Indian journal of veterinary science and animal husbandry - Volumes 28-29, 1958-1959
Year: 1958
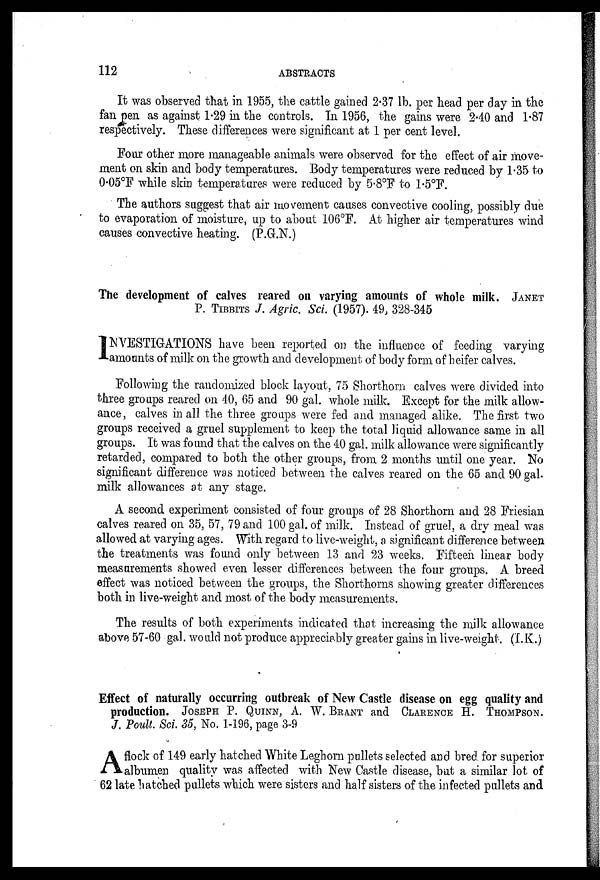
112
ABSTRACTS
It was observed that in 1955, the cattle gained 2.37 lb. per head per day in the
fan pen as against 1.29 in the controls. In 1956, the gains were 2.40 and 1.87
respectively. These differences were significant at 1 per cent level.
Four other more manageable animals were observed for the effect of air move-
ment on skin and body temperatures. Body temperatures were reduced by 1.35 to
0.05°F while skin temperatures were reduced by 5.8°F to 1.5°F.
The authors suggest that air movement causes convective cooling, possibly due
to evaporation of moisture, up to about 106°F. At higher air temperatures wind
causes convective heating. (P.G.N.)
The development of calves reared on varying amounts of whole milk. JANET
P. TIBBITS J. Agric. Sci. (1957). 49, 328-345
I NVESTIGATIONS have been reported on the influence of feeding varying
amounts of milk on the growth and development of body form of heifer calves.
Following the randomized block layout, 75 Shorthorn calves were divided into
three groups reared on 40, 65 and 90 gal. whole milk. Except for the milk allow-
ance, calves in all the three groups were fed and managed alike. The first two
groups received a gruel supplement to keep the total liquid allowance same in all
groups. It was found that the calves on the 40 gal. milk allowance were significantly
retarded, compared to both the other groups, from 2 months until one year. No
significant difference was noticed between the calves reared on the 65 and 90 gal.
milk allowances at any stage.
A second experiment consisted of four groups of 28 Shorthorn and 28 Friesian
calves reared on 35, 57, 79 and 100 gal. of milk. Instead of gruel, a dry meal was
allowed at varying ages. With regard to live-weight, a significant difference between
the treatments was found only between 13 and 23 weeks. Fifteen linear body
measurements showed even lesser differences between the four groups. A breed
effect was noticed between the groups, the Shorthorns showing greater differences
both in live-weight and most of the body measurements.
The results of both experiments indicated that increasing the milk allowance
above 57-60 gal. would not produce appreciably greater gains in live-weight (I.K.)
Effect of naturally occurring outbreak of New Castle disease on egg quality and
production. JOSEPH P. QUINN, A. W. BRANT and CLARENCE H. THOMPSON.
J. Poult. Sci. 35, No. 1-196, page 3-9
A flock of 149 early hatched White Leghorn pullets selected and bred for superior
albumen quality was affected with New Castle disease, but a similar lot of
62 late hatched pullets which were sisters and half sisters of the infected pullets and